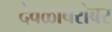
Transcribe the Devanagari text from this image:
देवळाबरोबर